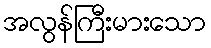
အလွန်ကြီးမားသော